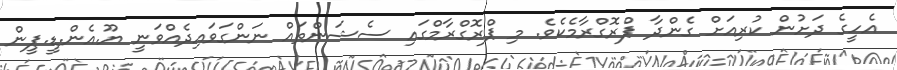
އެހީގެ ދަށުން ކުރިއަށް ގެންދާ ޕްރޮގްރާމެކެވެ. މި ޕްރޮގްރާމްގައި ސެޝަންތައް ނަންގަވައިދެއްވަނީ ޔޫ.އެން.ޑީ.ޕީން